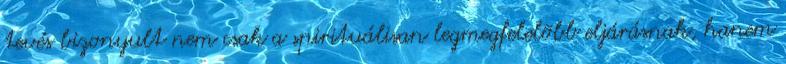
tevés bizonyult nem csak a spirituálisan legmegfelelõbb eljárásnak, hanem